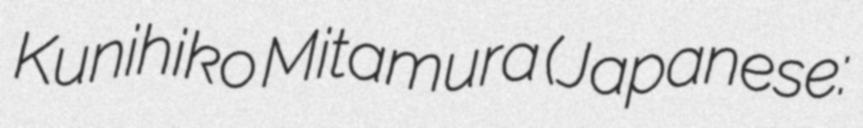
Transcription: Kunihiko Mitamura (Japanese: